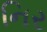
નિર